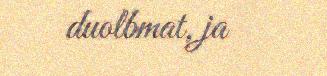
duolbmat, ja